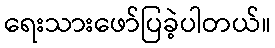
ရေးသားဖော်ပြခဲ့ပါတယ်။